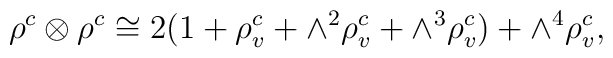
\rho^{c}\otimes \rho^{c}\cong 2(1+\rho^{c}_{v}+\wedge^{2}\rho^{c}_{v}+\wedge^{3}\rho^{c}_{v})+\wedge^{4}\rho^{c}_{v},